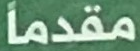
مقدما